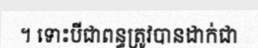
។ ទោះបីជាពន្ធត្រូវបានដាក់ជា